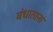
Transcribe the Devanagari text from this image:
बंधाताना